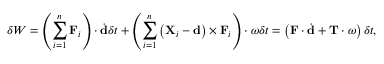
\delta W = \left( \sum _ { i = 1 } ^ { n } \mathbf { F } _ { i } \right) \cdot { \dot { \mathbf { d } } } \delta t + \left( \sum _ { i = 1 } ^ { n } \left( \mathbf { X } _ { i } - \mathbf { d } \right) \times \mathbf { F } _ { i } \right) \cdot { \boldsymbol { \omega } } \delta t = \left( \mathbf { F } \cdot { \dot { \mathbf { d } } } + \mathbf { T } \cdot { \boldsymbol { \omega } } \right) \delta t ,